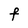
Character: F